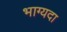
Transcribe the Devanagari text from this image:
भाग्यदा